Annual report of the Punjab Veterinary College and of the Civil Veterinary Department, Punjab - 1909-1919
Year: 1909
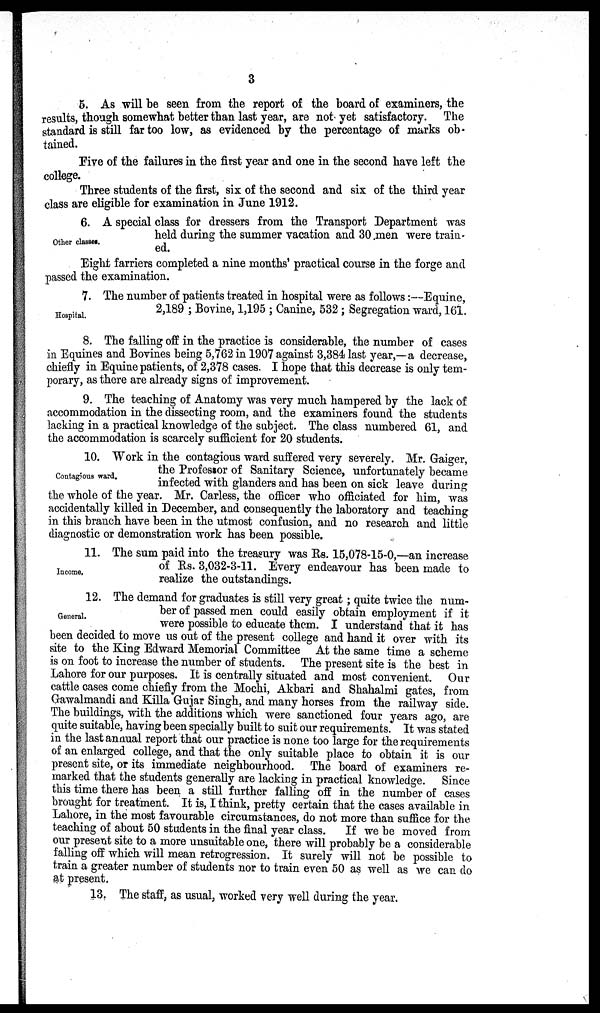
3
5. As will be seen from the report of the board of examiners, the
results, though somewhat better than last year, are not yet satisfactory. The
standard is still far too low, as evidenced by the percentage of marks ob-
tained.
Five of the failures in the first year and one in the second have left the
college.
Three students of the first, six of the second and six of the third year
class are eligible for examination in June 1912.
Other classes.
6. A special class for dressers from the Transport Department was
held during the summer vacation and 30 men were train-
ed.
Eight farriers completed a nine months' practical course in the forge and
passed the examination.
Hospital.
7. The number of patients treated in hospital were as follows:—Equine,
2,189; Bovine, 1,195; Canine, 532; Segregation ward, 161.
8. The falling off in the practice is considerable, the number of cases
in Equines and Bovines being 5,762 in 1907 against 3,384 last year,—a decrease,
chiefly in Equine patients, of 2,378 cases. I hope that this decrease is only tem-
porary, as there are already signs of improvement.
9. The teaching of Anatomy was very much hampered by the lack of
accommodation in the dissecting room, and the examiners found the students
lacking in a practical knowledge of the subject. The class numbered 61, and
the accommodation is scarcely sufficient for 20 students.
Contagious ward.
10. Work in the contagious ward suffered very severely. Mr. Gaiger,
the Professor of Sanitary Science, unfortunately became
infected with glanders and has been on sick leave during
the whole of the year. Mr. Carless, the officer who officiated for him, was
accidentally killed in December, and consequently the laboratory and teaching
in this branch have been in the utmost confusion, and no research and little
diagnostic or demonstration work has been possible.
Income,
11. The sum paid into the treasury was Rs. 15,078-15-0,—an increase
of Rs. 3,032-3-11. Every endeavour has been made to
realize the outstandings.
General.
12. The demand for graduates is still very great; quite twice the num-
ber of passed men could easily obtain employment if it
were possible to educate them. I understand that it has
been decided to move us out of the present college and hand it over with its
site to the King Edward Memorial Committee At the same time a scheme
is on foot to increase the number of students. The present site is the best in
Lahore for our purposes. It is centrally situated and most convenient. Our
cattle cases come chiefly from the Mochi, Akbari and Shahalmi gates, from
Gawalmandi and Killa Gujar Singh, and many horses from the railway side.
The buildings, with the additions which were sanctioned four years ago, are
quite suitable, having been specially built to suit our requirements. It was stated
in the last annual report that our practice is none too large for the requirements
of an enlarged college, and that the only suitable place to obtain it is our
present site, or its immediate neighbourhood. The board of examiners re-
marked that the students generally are lacking in practical knowledge. Since
this time there has been a still further falling off in the number of cases
brought for treatment. It is, I think, pretty certain that the cases available in
Lahore, in the most favourable circumstances, do not more than suffice for the
teaching of about 50 students in the final year class.
If we be moved from
our present site to a more unsuitable one, there will probably be a considerable
falling off which will mean retrogression. It surely will not be possible to
train a greater number of students nor to train even 50 as well as we can do
at present.
13. The staff, as usual, worked very well during the year.